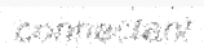
connectant